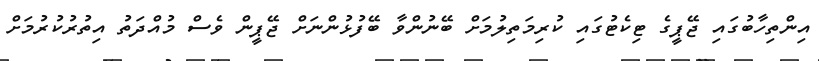
އިންތިހާބުގައި ޖޭޕީގެ ޓިކެޓުގައި ކުރިމަތިލުމަށް ބޭނުންވާ ބޭފުޅުންނަށް ޖޭޕީން ވެސް މުއްދަތު އިތުރުކުރުމަށް